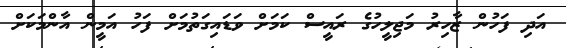
އަދި ފަހުން ޒާހިރު މަޖިލީހުގެ ރައީސް ކަމަށް ވަޑައިގަތުމަށް ފަހު އަމީން އާންމަކަށް